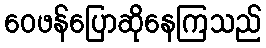
ဝေဖန်ပြောဆိုနေကြသည်